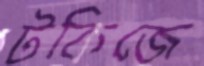
টকিজে